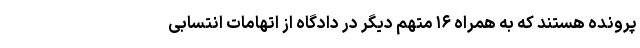
پرونده هستند که به همراه ۱۶ متهم دیگر در دادگاه از اتهامات انتسابی